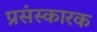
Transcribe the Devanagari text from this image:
प्रसंस्कारक